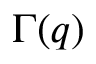
\Gamma ( q )